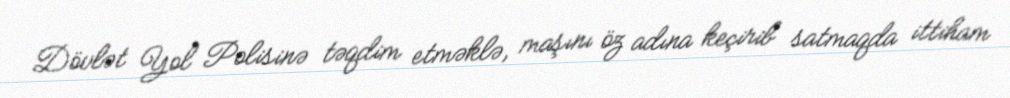
Dövlət Yol Polisinə təqdim etməklə, maşını öz adına keçirib satmaqda ittiham